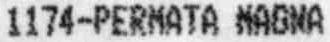
1174-PERMATA MAGNA